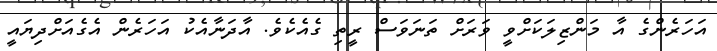
އަހަރެންގެ އާ މަންޒިލަކަށްވީ ވަރަށް ތަނަވަސް ރީތި ގެއެކެވެ. އާދަނާއެކު އަހަރެން އެގެއަށްދިޔައީ